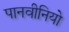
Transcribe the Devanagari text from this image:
पानवीनियो